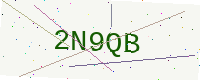
Text: 2N9QB